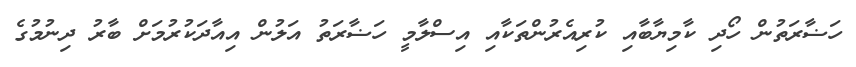
ހަޟާރަތުން ހޯދި ކާމިޔާބާއި ކުރިއެރުންތަކާއި އިސްލާމީ ހަޟާރަތު އަލުން އިއާދަކުރުމަށް ބާރު ދިނުމުގެ